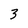
Character: 3